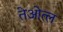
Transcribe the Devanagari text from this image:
तेओत्ल